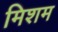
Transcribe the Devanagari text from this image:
मिशम